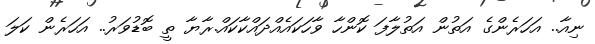
ނިއާ.. އަހަރެންގެ އަތުން އަތުލާފަ ކޮންހާ ވާހަކައެއްދައްކާކައް.ރާޔާ ތީ ބޮޑުވަރު.. އަހަރެން ކަލަ